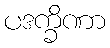
ပဒက္ခိဏာ